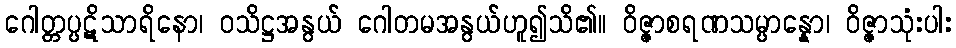
ဂေါတ္တပ္ပဋိသာရိနော၊ ဝသိဋ္ဌအနွယ် ဂေါတမအနွယ်ဟူ၍သိ၏။ ဝိဇ္ဇာစရဏသမ္ပာန္နော၊ ဝိဇ္ဇာသုံးပါး